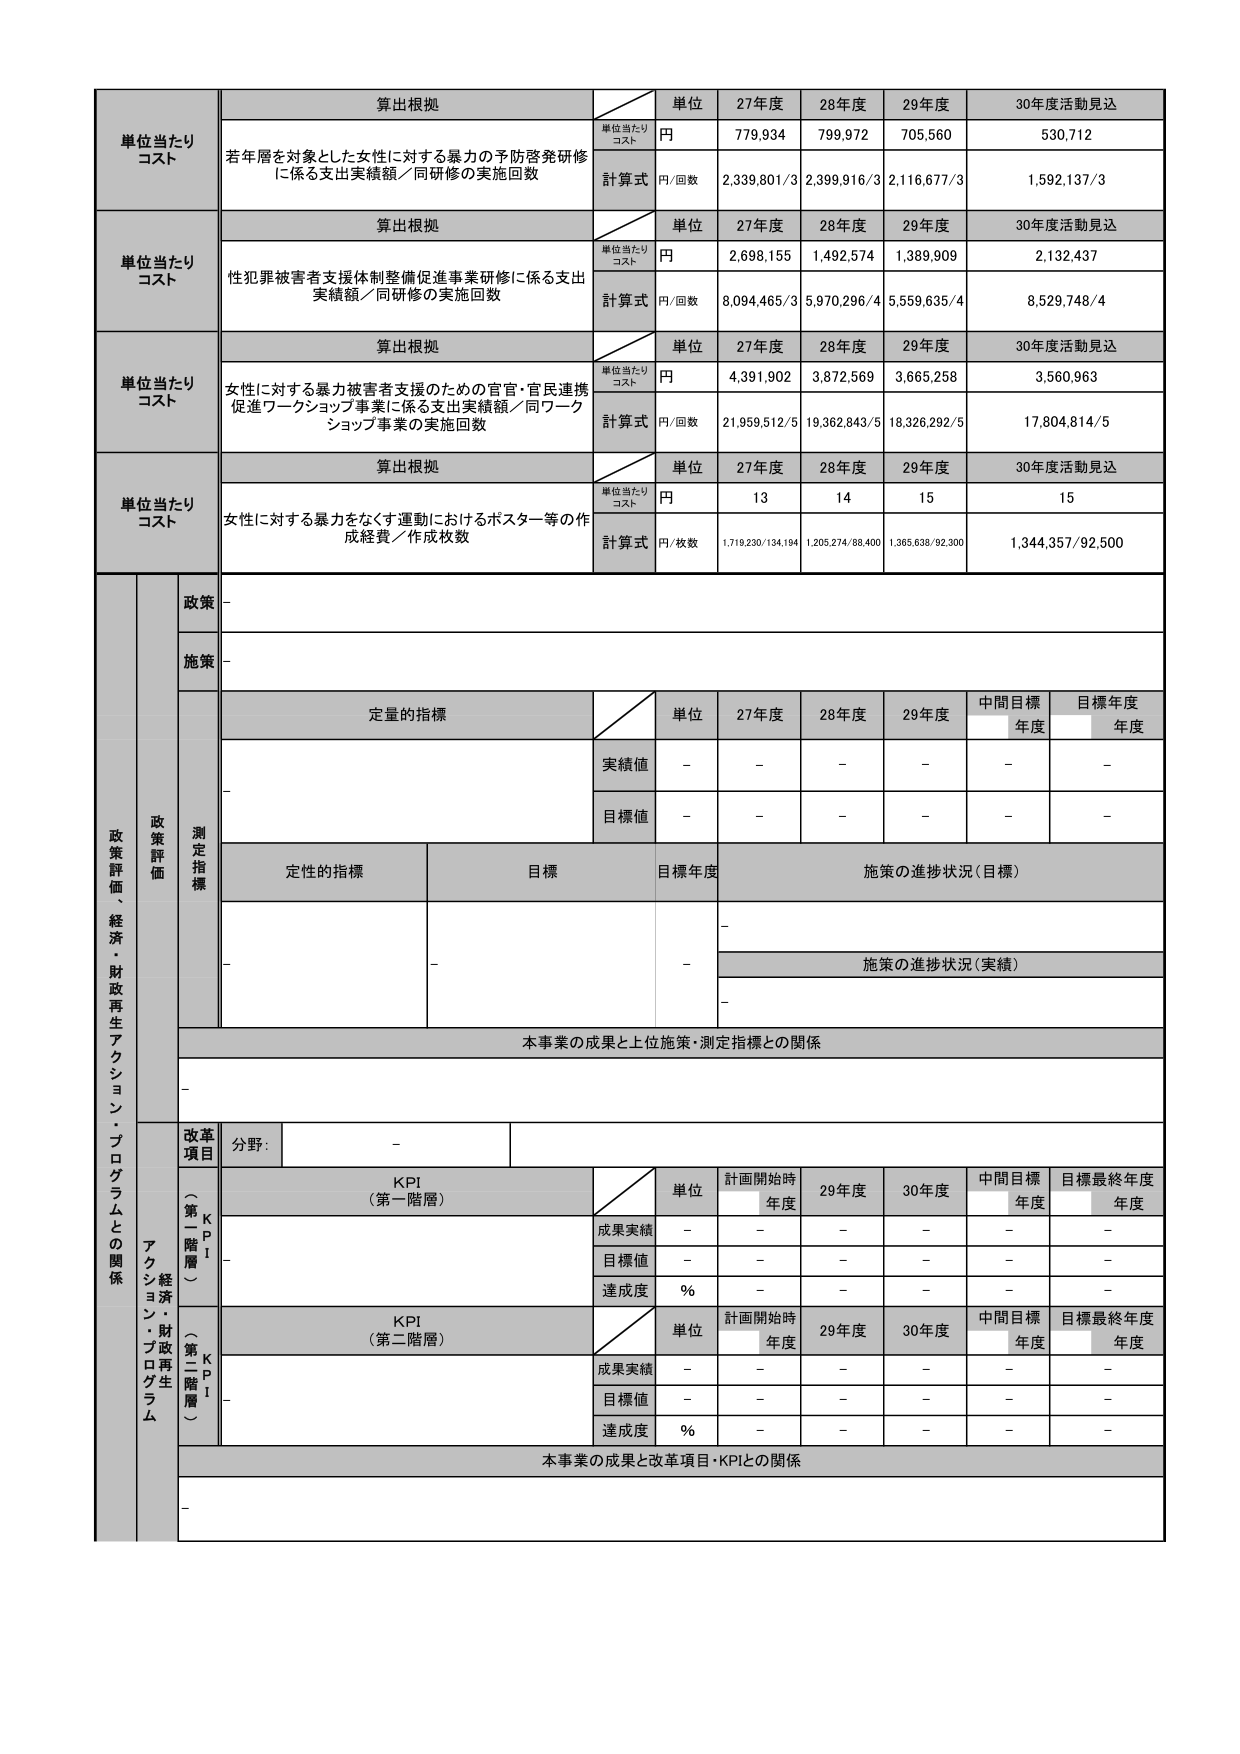
単位当たりコスト
算出根拠
単位当たりコスト
単位
27年度
28年度
29年度
30年度活動見込
円
779,934
799,972
705,560
530,712
計算式
円/回数
2,339,801/3
2,399,916/3
2,116,677/3
1,592,137/3

単位当たりコスト
算出根拠
単位当たりコスト
単位
27年度
28年度
29年度
30年度活動見込
円
2,698,155
1,492,574
1,389,909
2,132,437
計算式
円/回数
8,094,465/3
5,970,296/4
5,559,635/4
8,529,748/4

単位当たりコスト
算出根拠
単位当たりコスト
単位
27年度
28年度
29年度
30年度活動見込
円
4,391,902
3,872,569
3,665,258
3,560,963
計算式
円/回数
21,959,512/5
19,362,843/5
18,326,292/5
17,804,814/5

単位当たりコスト
算出根拠
単位当たりコスト
単位
27年度
28年度
29年度
30年度活動見込
円
13
14
15
15
計算式
円/枚数
1,719,230/134,194
1,205,274/88,400
1,365,638/92,300
1,344,357/92,500

政策評価、経済・財政再生アクション・プログラムとの関係
政策
-
施策
-
測定指標
定量的指標
単位
27年度
28年度
29年度
中間目標年度
目標年度年度
実績値
-
-
-
-
-
-
目標値
-
-
-
-
-
-
定性的指標
目標
目標年度
施策の進捗状況（目標）
-
-
-
施策の進捗状況（実績）
-
本事業の成果と上位施策・測定指標との関係
-
改革項目
分野：
-
KPI（第一階層）
単位
計画開始時年度
29年度
30年度
中間目標年度
目標最終年度年度
成果実績
-
-
-
-
-
-
目標値
-
-
-
-
-
-
達成度
%
-
-
-
-
-
KPI（第二階層）
単位
計画開始時年度
29年度
30年度
中間目標年度
目標最終年度年度
成果実績
-
-
-
-
-
-
目標値
-
-
-
-
-
-
達成度
%
-
-
-
-
-
本事業の成果と改革項目・KPIとの関係
-